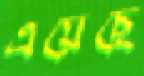
এয়েছে